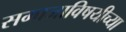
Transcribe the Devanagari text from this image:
समाजाविषयीच्या